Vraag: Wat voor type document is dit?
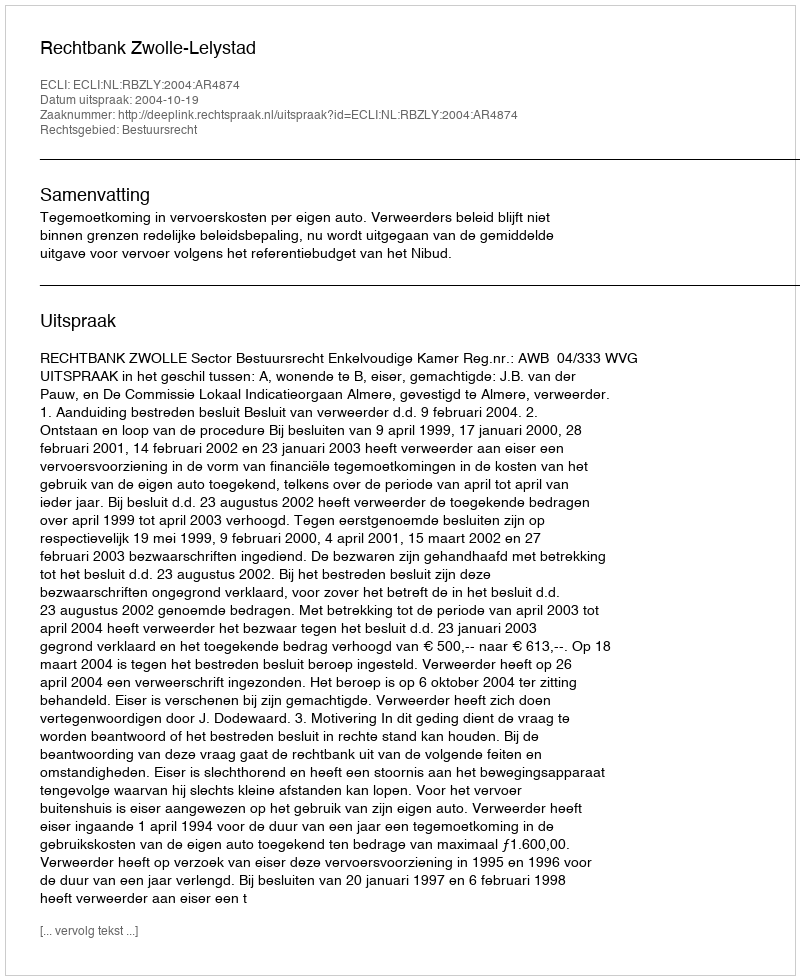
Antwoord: Uitspraak